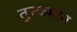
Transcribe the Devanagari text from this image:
तुरकमान